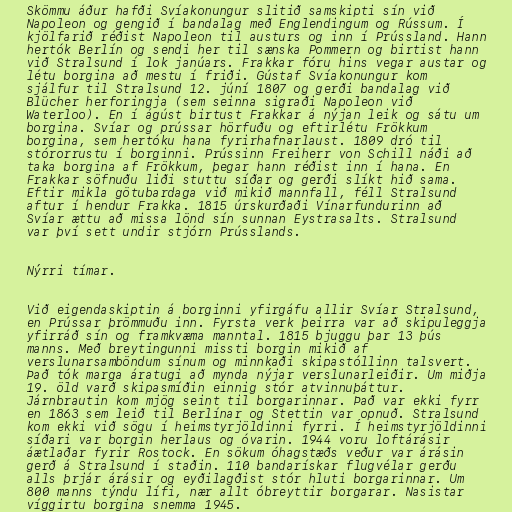
Skömmu áður hafði Svíakonungur slitið samskipti sín við
Napoleon og gengið í bandalag með Englendingum og Rússum. Í
kjölfarið réðist Napoleon til austurs og inn í Prússland. Hann
hertók Berlín og sendi her til sænska Pommern og birtist hann
við Stralsund í lok janúars. Frakkar fóru hins vegar austar og
létu borgina að mestu í friði. Gústaf Svíakonungur kom
sjálfur til Stralsund 12. júní 1807 og gerði bandalag við
Blücher herforingja (sem seinna sigraði Napoleon við
Waterloo). En í ágúst birtust Frakkar á nýjan leik og sátu um
borgina. Svíar og prússar hörfuðu og eftirlétu Frökkum
borgina, sem hertóku hana fyrirhafnarlaust. 1809 dró til
stórorrustu í borginni. Prússinn Freiherr von Schill náði að
taka borgina af Frökkum, þegar hann réðist inn í hana. En
Frakkar söfnuðu liði stuttu síðar og gerði slíkt hið sama.
Eftir mikla götubardaga við mikið mannfall, féll Stralsund
aftur í hendur Frakka. 1815 úrskurðaði Vínarfundurinn að
Svíar ættu að missa lönd sín sunnan Eystrasalts. Stralsund
var því sett undir stjórn Prússlands.

Nýrri tímar.

Við eigendaskiptin á borginni yfirgáfu allir Svíar Stralsund,
en Prússar þrömmuðu inn. Fyrsta verk þeirra var að skipuleggja
yfirráð sín og framkvæma manntal. 1815 bjuggu þar 13 þús
manns. Með breytingunni missti borgin mikið af
verslunarsamböndum sínum og minnkaði skipastóllinn talsvert.
Það tók marga áratugi að mynda nýjar verslunarleiðir. Um miðja
19. öld varð skipasmíðin einnig stór atvinnuþáttur.
Járnbrautin kom mjög seint til borgarinnar. Það var ekki fyrr
en 1863 sem leið til Berlínar og Stettin var opnuð. Stralsund
kom ekki við sögu í heimstyrjöldinni fyrri. Í heimstyrjöldinni
síðari var borgin herlaus og óvarin. 1944 voru loftárásir
áætlaðar fyrir Rostock. En sökum óhagstæðs veður var árásin
gerð á Stralsund í staðin. 110 bandarískar flugvélar gerðu
alls þrjár árásir og eyðilagðist stór hluti borgarinnar. Um
800 manns týndu lífi, nær allt óbreyttir borgarar. Nasistar
víggirtu borgina snemma 1945.